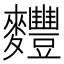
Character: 麷